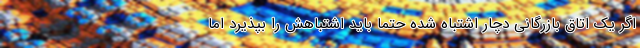
اگر یک اتاق بازرگانی دچار اشتباه شده حتما باید اشتباهش را بپذیرد اما